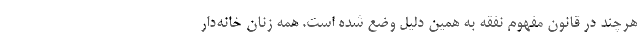
هرچند در قانون مفهوم نفقه به همین دلیل وضع شده است. همه زنان خانه‌دار